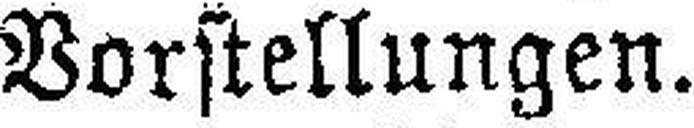
Vorstellungen.